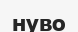
нуво